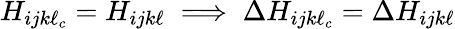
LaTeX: H_{ijk\ell_{c}}=H_{ijk\ell}\implies\Delta H_{ijk\ell_{c}}=\Delta H_{ijk\ell}